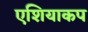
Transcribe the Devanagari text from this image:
एशियाकप